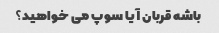
باشه قربان آیا سوپ می خواهید؟